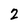
Character: 2